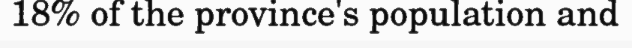
18% of the province's population and